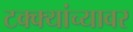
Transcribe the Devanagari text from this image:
टक्‍क्‍यांच्यावर